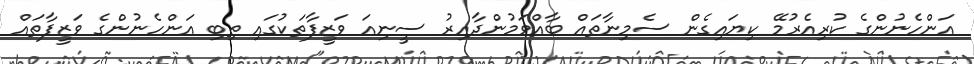
އަންހެނުންގެ ކުރިއެރުމޭ ކިޔައިގެން ސެމިނާތައް ބާއްވަމުންދާއިރު ސީނިއަ ވަޒީފާތަކުގައި ތިބި އަންހެނުންގެ ވަޒީފާތައް